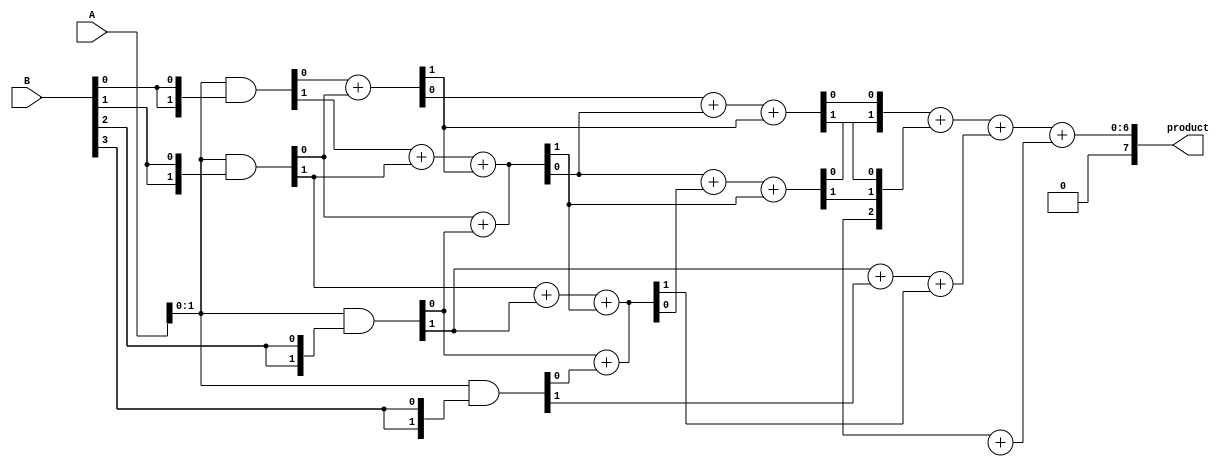
module WallaceTreeMultiplier #(parameter n = 4) (
    input [n-1:0] A,
    input [n-1:0] B,
    output reg [2*n-1:0] product
);

    // Generate partial products
    wire [n-1:0] pp [0:n-1]; // Partial products
    genvar i, j;
    generate
        for (i = 0; i < n; i = i + 1) begin : pp_gen
            assign pp[i] = A & {n{B[i]}}; // AND operation to generate partial products
        end
    endgenerate

    // Reduction tree
    wire [n-1:0] sum [0:n-1]; // Sums from adders
    wire [n-1:0] carry [0:n-1]; // Carries from adders

    // First layer of reduction
    generate
        for (i = 0; i < n-1; i = i + 1) begin : first_layer
            if (i < n-1) begin
                // Half Adder for the first two bits
                assign {carry[0][i], sum[0][i]} = pp[i][0] + pp[i+1][0];
                // Full Adders for the rest
                assign {carry[0][i+1], sum[0][i+1]} = pp[i][1] + pp[i+1][1] + carry[0][i];
            end
        end
    endgenerate

    // Second layer of reduction
    generate
        for (i = 0; i < n-1; i = i + 1) begin : second_layer
            if (i < n-2) begin
                assign {carry[1][i], sum[1][i]} = sum[0][i] + sum[0][i+1] + carry[0][i];
            end
        end
    endgenerate

    // Final addition
    wire [2*n-1:0] final_sum;
    wire [2*n-1:0] final_carry;

    assign final_sum = {1'b0, sum[1]} + {1'b0, carry[1]} + {1'b0, sum[0][n-1]};
    assign final_carry = {1'b0, carry[1][n-2]} + {1'b0, sum[1][n-1]};

    always @(*) begin
        product = final_sum + final_carry;
    end

endmodule